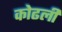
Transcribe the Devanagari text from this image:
कोढली